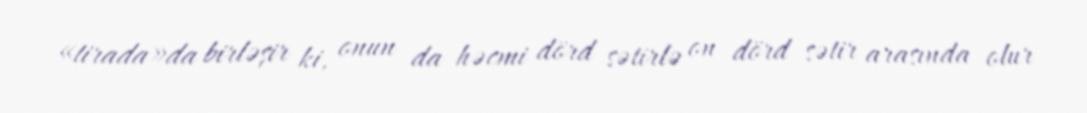
«tirada»da birləşir ki, onun da həcmi dörd sətirlə on dörd sətir arasında olur